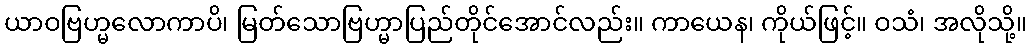
ယာဝဗြဟ္မလောကာပိ၊ မြတ်သောဗြဟ္မာပြည်တိုင်အောင်လည်း။ ကာယေန၊ ကိုယ်ဖြင့်။ ဝသံ၊ အလိုသို့။